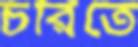
চরিতে